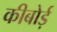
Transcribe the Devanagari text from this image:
कीबोर्ड़